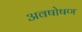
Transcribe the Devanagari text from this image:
अवषोषण